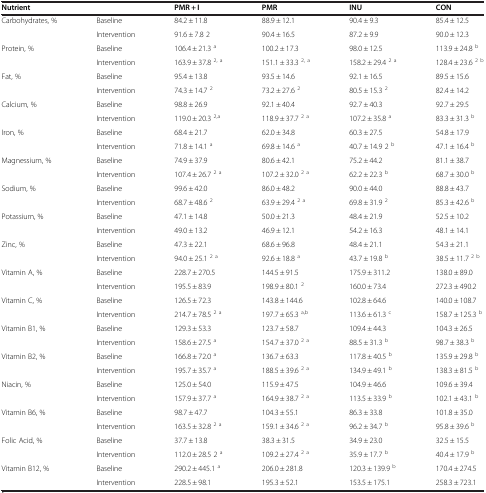
<table><thead><tr><td><b>Nutrient</b></td><td><b> </b></td><td><b>PMR + I</b></td><td><b>PMR</b></td><td><b>INU</b></td><td><b>CON</b></td></tr></thead><tbody><tr><td>Carbohydrates, %</td><td>Baseline</td><td>84.2 ± 11.8</td><td>88.9 ± 12.1</td><td>90.4 ± 9.3</td><td>85.4 ± 12.5</td></tr><tr><td> </td><td>Intervention</td><td>91.6 ± 7.8 2</td><td>90.4 ± 16.5</td><td>87.2 ± 9.9</td><td>90.0 ± 12.3</td></tr><tr><td>Protein, %</td><td>Baseline</td><td>106.4 ± 21.3 <sup>a</sup></td><td>100.2 ± 17.3</td><td>98.0 ± 12.5</td><td>113.9 ± 24.8 <sup>b</sup></td></tr><tr><td> </td><td>Intervention</td><td>163.9 ± 37.8 <sup>2,</sup><sup>a</sup></td><td>151.1 ± 33.3 <sup>2, a</sup></td><td>158.2 ± 29.4 <sup>2</sup><sup>a</sup></td><td>128.4 ± 23.6 <sup>2 b</sup></td></tr><tr><td>Fat, %</td><td>Baseline</td><td>95.4 ± 13.8</td><td>93.5 ± 14.6</td><td>92.1 ± 16.5</td><td>89.5 ± 15.6</td></tr><tr><td> </td><td>Intervention</td><td>74.3 ± 14.7 <sup>2</sup></td><td>73.2 ± 27.6 <sup>2</sup></td><td>80.5 ± 15.3 <sup>2</sup></td><td>82.4 ± 14.2</td></tr><tr><td>Calcium, %</td><td>Baseline</td><td>98.8 ± 26.9</td><td>92.1 ± 40.4</td><td>92.7 ± 40.3</td><td>92.7 ± 29.5</td></tr><tr><td> </td><td>Intervention</td><td>119.0 ± 20.3 <sup>2,a</sup></td><td>118.9 ± 37.7 <sup>2 a</sup></td><td>107.2 ± 35.8 <sup>a</sup></td><td>83.3 ± 31.3 <sup>b</sup></td></tr><tr><td>Iron, %</td><td>Baseline</td><td>68.4 ± 21.7</td><td>62.0 ± 34.8</td><td>60.3 ± 27.5</td><td>54.8 ± 17.9</td></tr><tr><td> </td><td>Intervention</td><td>71.8 ± 14.1 <sup>a</sup></td><td>69.8 ± 14.6 <sup>a</sup></td><td>40.7 ± 14.9 2 <sup>b</sup></td><td>47.1 ± 16.4 <sup>b</sup></td></tr><tr><td>Magnessium, %</td><td>Baseline</td><td>74.9 ± 37.9</td><td>80.6 ± 42.1</td><td>75.2 ± 44.2</td><td>81.1 ± 38.7</td></tr><tr><td> </td><td>Intervention</td><td>107.4 ± 26.7 <sup>2</sup><sup>a</sup></td><td>107.2 ± 32.0 <sup>2 a</sup></td><td>62.2 ± 22.3 <sup>b</sup></td><td>68.7 ± 30.0 <sup>b</sup></td></tr><tr><td>Sodium, %</td><td>Baseline</td><td>99.6 ± 42.0</td><td>86.0 ± 48.2</td><td>90.0 ± 44.0</td><td>88.8 ± 43.7</td></tr><tr><td> </td><td>Intervention</td><td>68.7 ± 48.6 <sup>2</sup></td><td>63.9 ± 29.4 <sup>2 a</sup></td><td>69.8 ± 31.9 <sup>2</sup></td><td>85.3 ± 42.6 <sup>b</sup></td></tr><tr><td>Potassium, %</td><td>Baseline</td><td>47.1 ± 14.8</td><td>50.0 ± 21.3</td><td>48.4 ± 21.9</td><td>52.5 ± 10.2</td></tr><tr><td> </td><td>Intervention</td><td>49.0 ± 13.2</td><td>46.9 ± 12.1</td><td>54.2 ± 16.3</td><td>48.1 ± 14.1</td></tr><tr><td>Zinc, %</td><td>Baseline</td><td>47.3 ± 22.1</td><td>68.6 ± 96.8</td><td>48.4 ± 21.1</td><td>54.3 ± 21.1</td></tr><tr><td> </td><td>Intervention</td><td>94.0 ± 25.1 <sup>2 a</sup></td><td>92.6 ± 18.8 <sup>a</sup></td><td>43.7 ± 19.8 <sup>b</sup></td><td>38.5 ± 11.7 <sup>2 b</sup></td></tr><tr><td>Vitamin A, %</td><td>Baseline</td><td>228.7 ± 270.5</td><td>144.5 ± 91.5</td><td>175.9 ± 311.2</td><td>138.0 ± 89.0</td></tr><tr><td> </td><td>Intervention</td><td>195.5 ± 83.9</td><td>198.9 ± 80.1 <sup>2</sup></td><td>160.0 ± 73.4</td><td>272.3 ± 490.2</td></tr><tr><td>Vitamin C, %</td><td>Baseline</td><td>126.5 ± 72.3</td><td>143.8 ± 144.6</td><td>102.8 ± 64.6</td><td>140.0 ± 108.7</td></tr><tr><td> </td><td>Intervention</td><td>214.7 ± 78.5 <sup>2</sup><sup>a</sup></td><td>197.7 ± 65.3 <sup>a,b</sup></td><td>113.6 ± 61.3 <sup>c</sup></td><td>158.7 ± 125.3 <sup>b</sup></td></tr><tr><td>Vitamin B1, %</td><td>Baseline</td><td>129.3 ± 53.3</td><td>123.7 ± 58.7</td><td>109.4 ± 44.3</td><td>104.3 ± 26.5</td></tr><tr><td> </td><td>Intervention</td><td>158.6 ± 27.5 <sup>a</sup></td><td>154.7 ± 37.0 <sup>2 a</sup></td><td>88.5 ± 31.3 <sup>b</sup></td><td>98.7 ± 38.3 <sup>b</sup></td></tr><tr><td>Vitamin B2, %</td><td>Baseline</td><td>166.8 ± 72.0 <sup>a</sup></td><td>136.7 ± 63.3</td><td>117.8 ± 40.5 <sup>b</sup></td><td>135.9 ± 29.8 <sup>b</sup></td></tr><tr><td> </td><td>Intervention</td><td>195.7 ± 35.7 <sup>a</sup></td><td>188.5 ± 39.6 <sup>2 a</sup></td><td>134.9 ± 49.1 <sup>b</sup></td><td>138.3 ± 81.5 <sup>b</sup></td></tr><tr><td>Niacin, %</td><td>Baseline</td><td>125.0 ± 54.0</td><td>115.9 ± 47.5</td><td>104.9 ± 46.6</td><td>109.6 ± 39.4</td></tr><tr><td> </td><td>Intervention</td><td>157.9 ± 37.7 <sup>a</sup></td><td>164.9 ± 38.7 <sup>2 a</sup></td><td>113.5 ± 33.9 <sup>b</sup></td><td>102.1 ± 43.1 <sup>b</sup></td></tr><tr><td>Vitamin B6, %</td><td>Baseline</td><td>98.7 ± 47.7</td><td>104.3 ± 55.1</td><td>86.3 ± 33.8</td><td>101.8 ± 35.0</td></tr><tr><td> </td><td>Intervention</td><td>163.5 ± 32.8 <sup>2</sup><sup>a</sup></td><td>159.1 ± 34.6 <sup>2 a</sup></td><td>96.2 ± 34.7 <sup>b</sup></td><td>95.8 ± 39.6 <sup>b</sup></td></tr><tr><td>Folic Acid, %</td><td>Baseline</td><td>37.7 ± 13.8</td><td>38.3 ± 31.5</td><td>34.9 ± 23.0</td><td>32.5 ± 15.5</td></tr><tr><td> </td><td>Intervention</td><td>112.0 ± 28.5 2 <sup>a</sup></td><td>109.2 ± 27.4 <sup>2 a</sup></td><td>35.9 ± 17.7 <sup>b</sup></td><td>40.4 ± 17.9 <sup>b</sup></td></tr><tr><td>Vitamin B12, %</td><td>Baseline</td><td>290.2 ± 445.1 <sup>a</sup></td><td>206.0 ± 281.8</td><td>120.3 ± 139.9 <sup>b</sup></td><td>170.4 ± 274.5</td></tr><tr><td> </td><td>Intervention</td><td>228.5 ± 98.1</td><td>195.3 ± 52.1</td><td>153.5 ± 175.1</td><td>258.3 ± 723.1</td></tr></tbody></table>